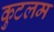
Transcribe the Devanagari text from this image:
कुटलम